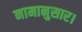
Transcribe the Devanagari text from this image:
नामानुसार।